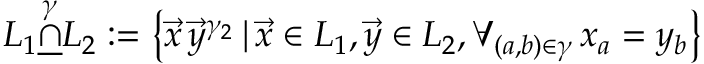
\begin{array} { r } { L _ { 1 } \underline { { \stackrel { \gamma } { \cap } } } L _ { 2 } : = \left\{ \vec { x } \, \vec { y } ^ { \gamma _ { 2 } } \, | \, \vec { x } \in L _ { 1 } , \vec { y } \in L _ { 2 } , \forall _ { ( a , b ) \in \gamma } \, x _ { a } = y _ { b } \right\} } \end{array}